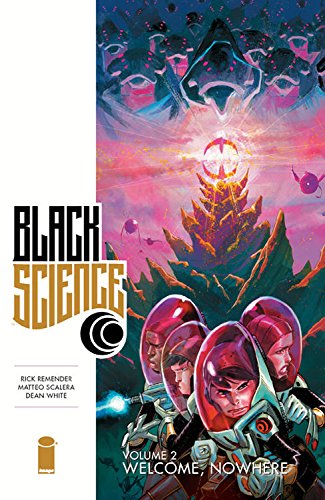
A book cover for Black Science Volume 2: Welcome, Nowhere (Black Science Tp); Rick Remender; Comics & Graphic Novels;